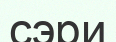
сэри